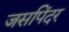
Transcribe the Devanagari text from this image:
जसपिंदर